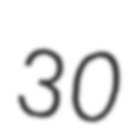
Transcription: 30